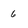
Character: 6